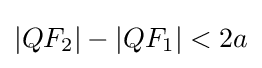
|QF_{2}|-|QF_{1}|<2a